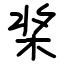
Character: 桨